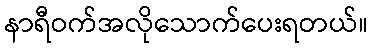
နာရီဝက်အလိုသောက်ပေးရတယ်။